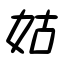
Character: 姑